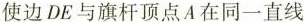
使边DE与旗杆顶点A在同一直线